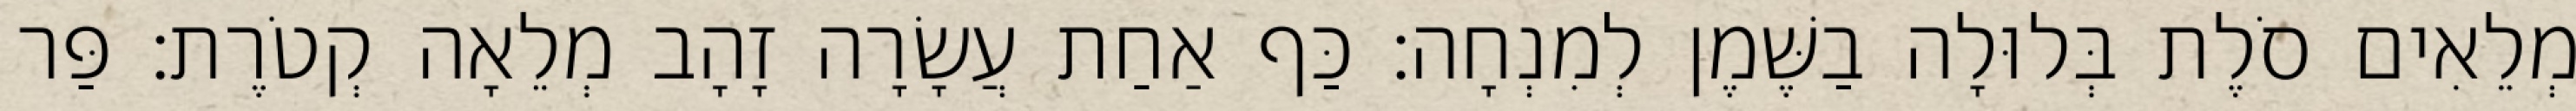
מְלֵאִים סֹלֶת בְּלוּלָה בַשֶּׁמֶן לְמִנְחָה׃ כַּף אַחַת עֲשָׂרָה זָהָב מְלֵאָה קְטֹרֶת׃ פַּר